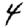
Digit: 4